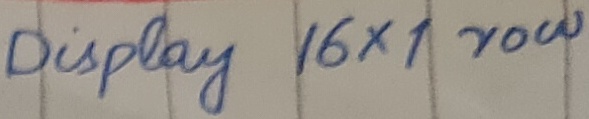
Text: Display 16x1 row